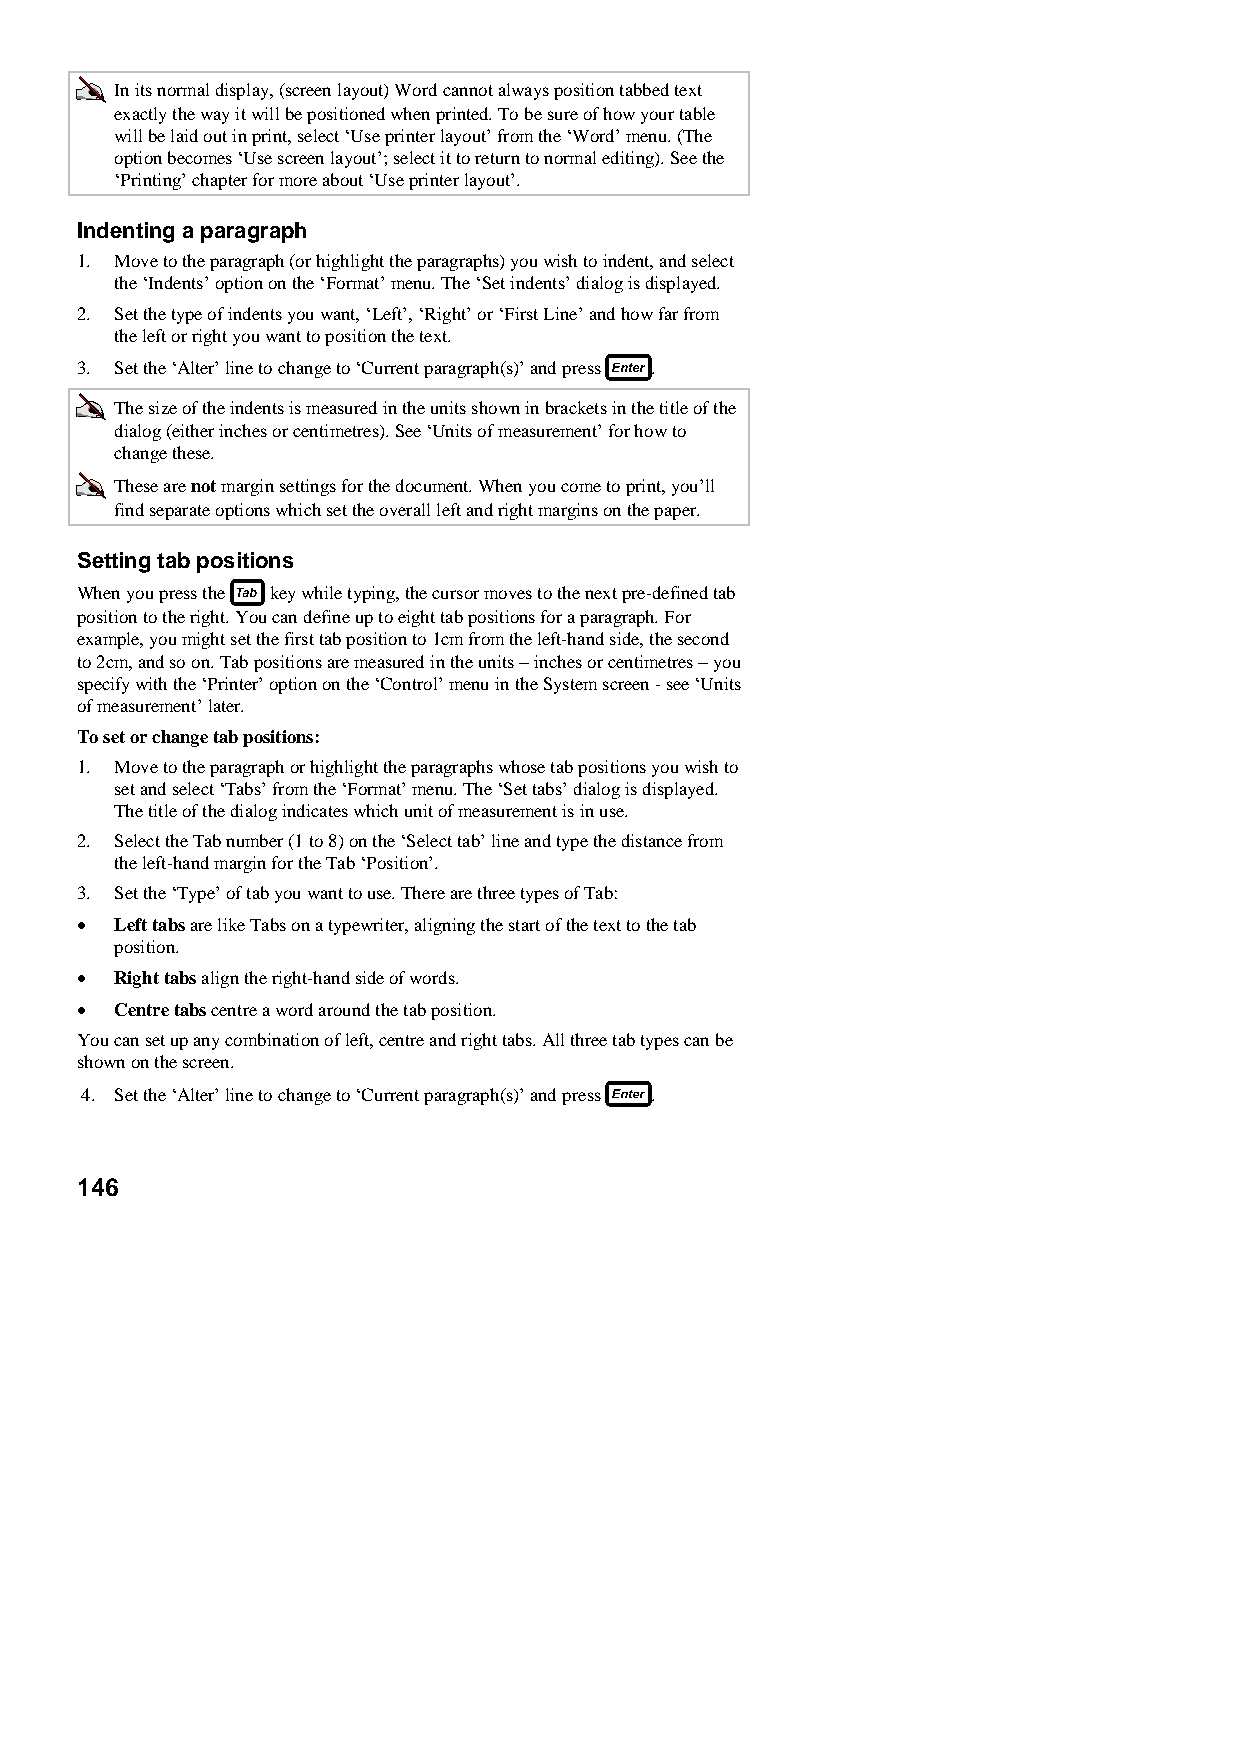
In its normal display, (screen layout) Word cannot always position tabbed text
 exactly the way it will be positioned when printed. To be sure of how your table
 will be laid out in print, select ‘Use printer layout’ from the ‘Word’ menu. (The
 option becomes ‘Use screen layout’; select it to return to normal editing). See the
 ‘Printing’ chapter for more about ‘Use printer layout’.
 Indenting a paragraph
 1. Move to the paragraph (or highlight the paragraphs) you wish to indent, and select
 the ‘Indents’ option on the ‘Format’ menu. The ‘Set indents’ dialog is displayed.
 2. Set the type of indents you want, ‘Left’, ‘Right’ or ‘First Line’ and how far from
 the left or right you want to position the text.
 3. Set the ‘Alter’ line to change to ‘Current paragraph(s)’ and press .
 The size of the indents is measured in the units shown in brackets in the title of the
 dialog (either inches or centimetres). See ‘Units of measurement’ for how to
 change these.
 These are not margin settings for the document. When you come to print, you’ll
 find separate options which set the overall left and right margins on the paper.
 Setting tab positions
 When you press the key while typing, the cursor moves to the next pre-defined tab
 position to the right. You can define up to eight tab positions for a paragraph. For
 example, you might set the first tab position to 1cm from the left-hand side, the second
 to 2cm, and so on. Tab positions are measured in the units − inches or centimetres − you
 specify with the ‘Printer’ option on the ‘Control’ menu in the System screen - see ‘Units
 of measurement’ later.
 To set or change tab positions:
 1. Move to the paragraph or highlight the paragraphs whose tab positions you wish to
 set and select ‘Tabs’ from the ‘Format’ menu. The ‘Set tabs’ dialog is displayed.
 The title of the dialog indicates which unit of measurement is in use.
 2. Select the Tab number (1 to 8) on the ‘Select tab’ line and type the distance from
 the left-hand margin for the Tab ‘Position’.
 3. Set the ‘Type’ of tab you want to use. There are three types of Tab:
 •  Left tabs are like Tabs on a typewriter, aligning the start of the text to the tab
 position.
 •  Right tabs align the right-hand side of words.
 •  Centre tabs centre a word around the tab position.
 You can set up any combination of left, centre and right tabs. All three tab types can be
 shown on the screen.
 4. Set the ‘Alter’ line to change to ‘Current paragraph(s)’ and press .
 146